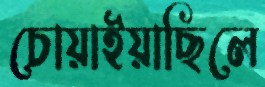
চোয়াইয়াছিলে